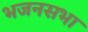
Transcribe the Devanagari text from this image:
भजनसभा